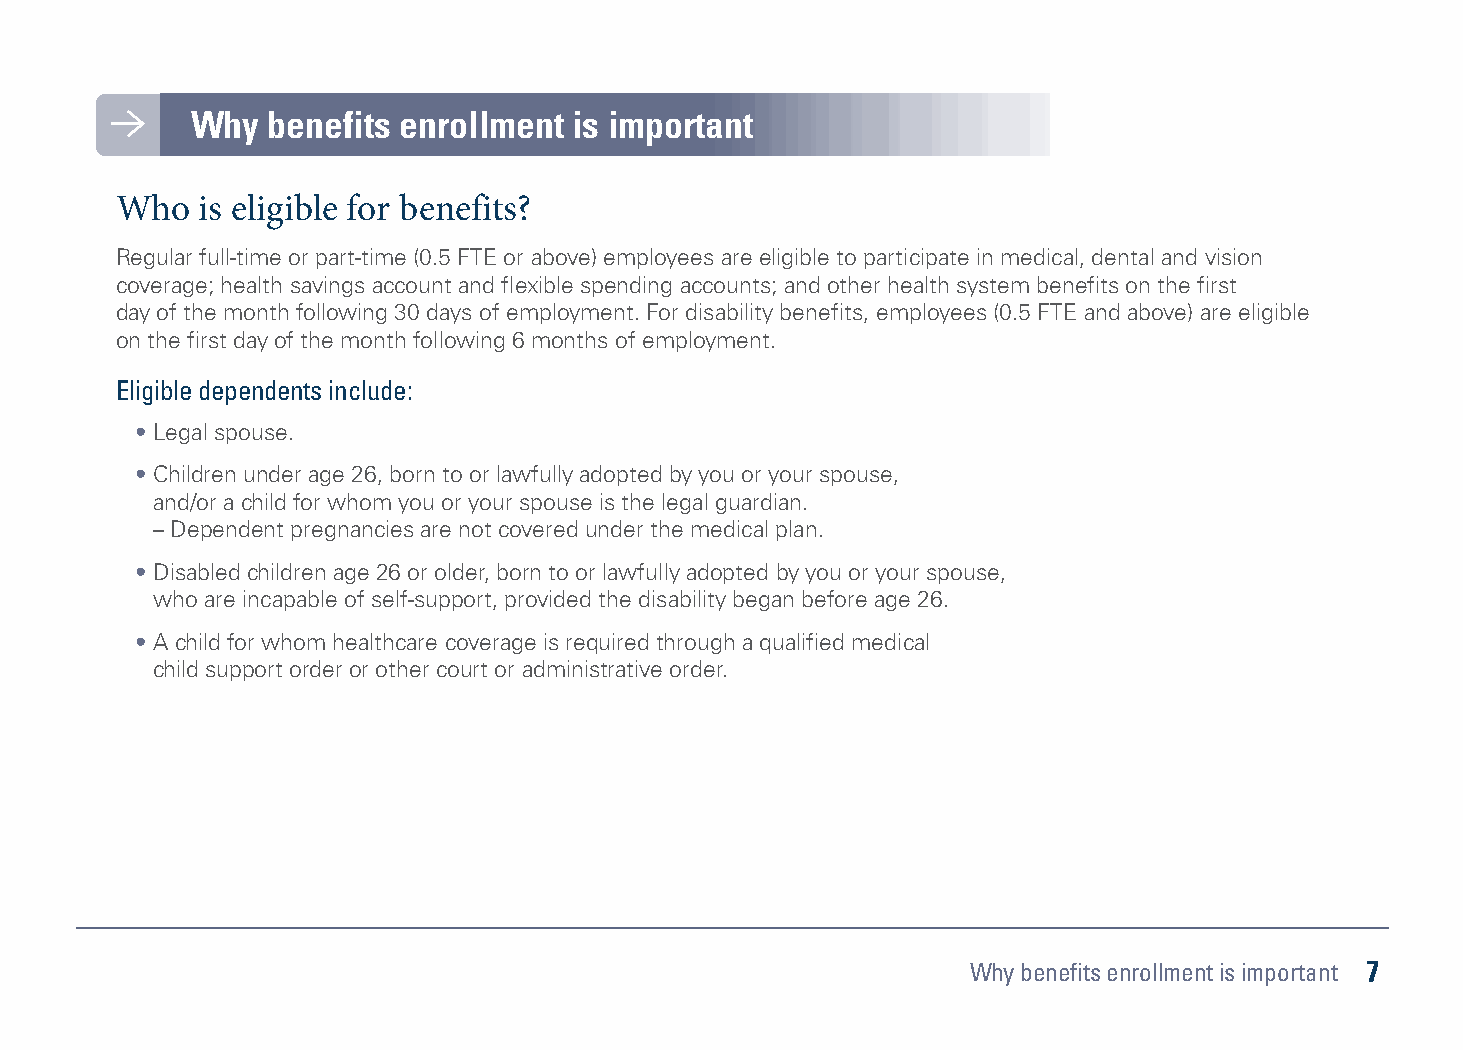
Why  benefits enrollment is important
 Who  is eligible for benefits?
 Regular full-time or part-time (0.5 FTE or above) employees are eligible to participate in medical, dental and vision
 coverage; health savings account and flexible spending accounts; and other health system benefits on the first
 day of the month following 30 days of employment. For disability benefits, employees (0.5 FTE and above) are eligible
 on the first day of the month following 6 months of employment.
 Eligible dependents include:
 • Legal spouse.
 • Children under age 26, born to or lawfully adopted by you or your spouse,
 and/or a child for whom you or your spouse is the legal guardian.
 – Dependent pregnancies are not covered under the medical plan.
 • Disabled children age 26 or older, born to or lawfully adopted by you or your spouse,
 who are incapable of self-support, provided the disability began before age 26.
 • A child for whom healthcare coverage is required through a qualified medical
 child support order or other court or administrative order.
 Why benefits enrollment is important 7